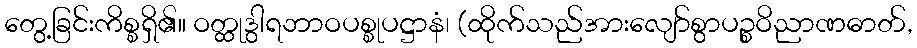
တွေ့ခြင်းကိစ္စရှိ၏။ ဝတ္ထုဒွါရဘာဝပစ္စုပဋ္ဌာနံ၊ (ထိုက်သည်အားလျော်စွာပဉ္စဝိညာဏဓာတ်,